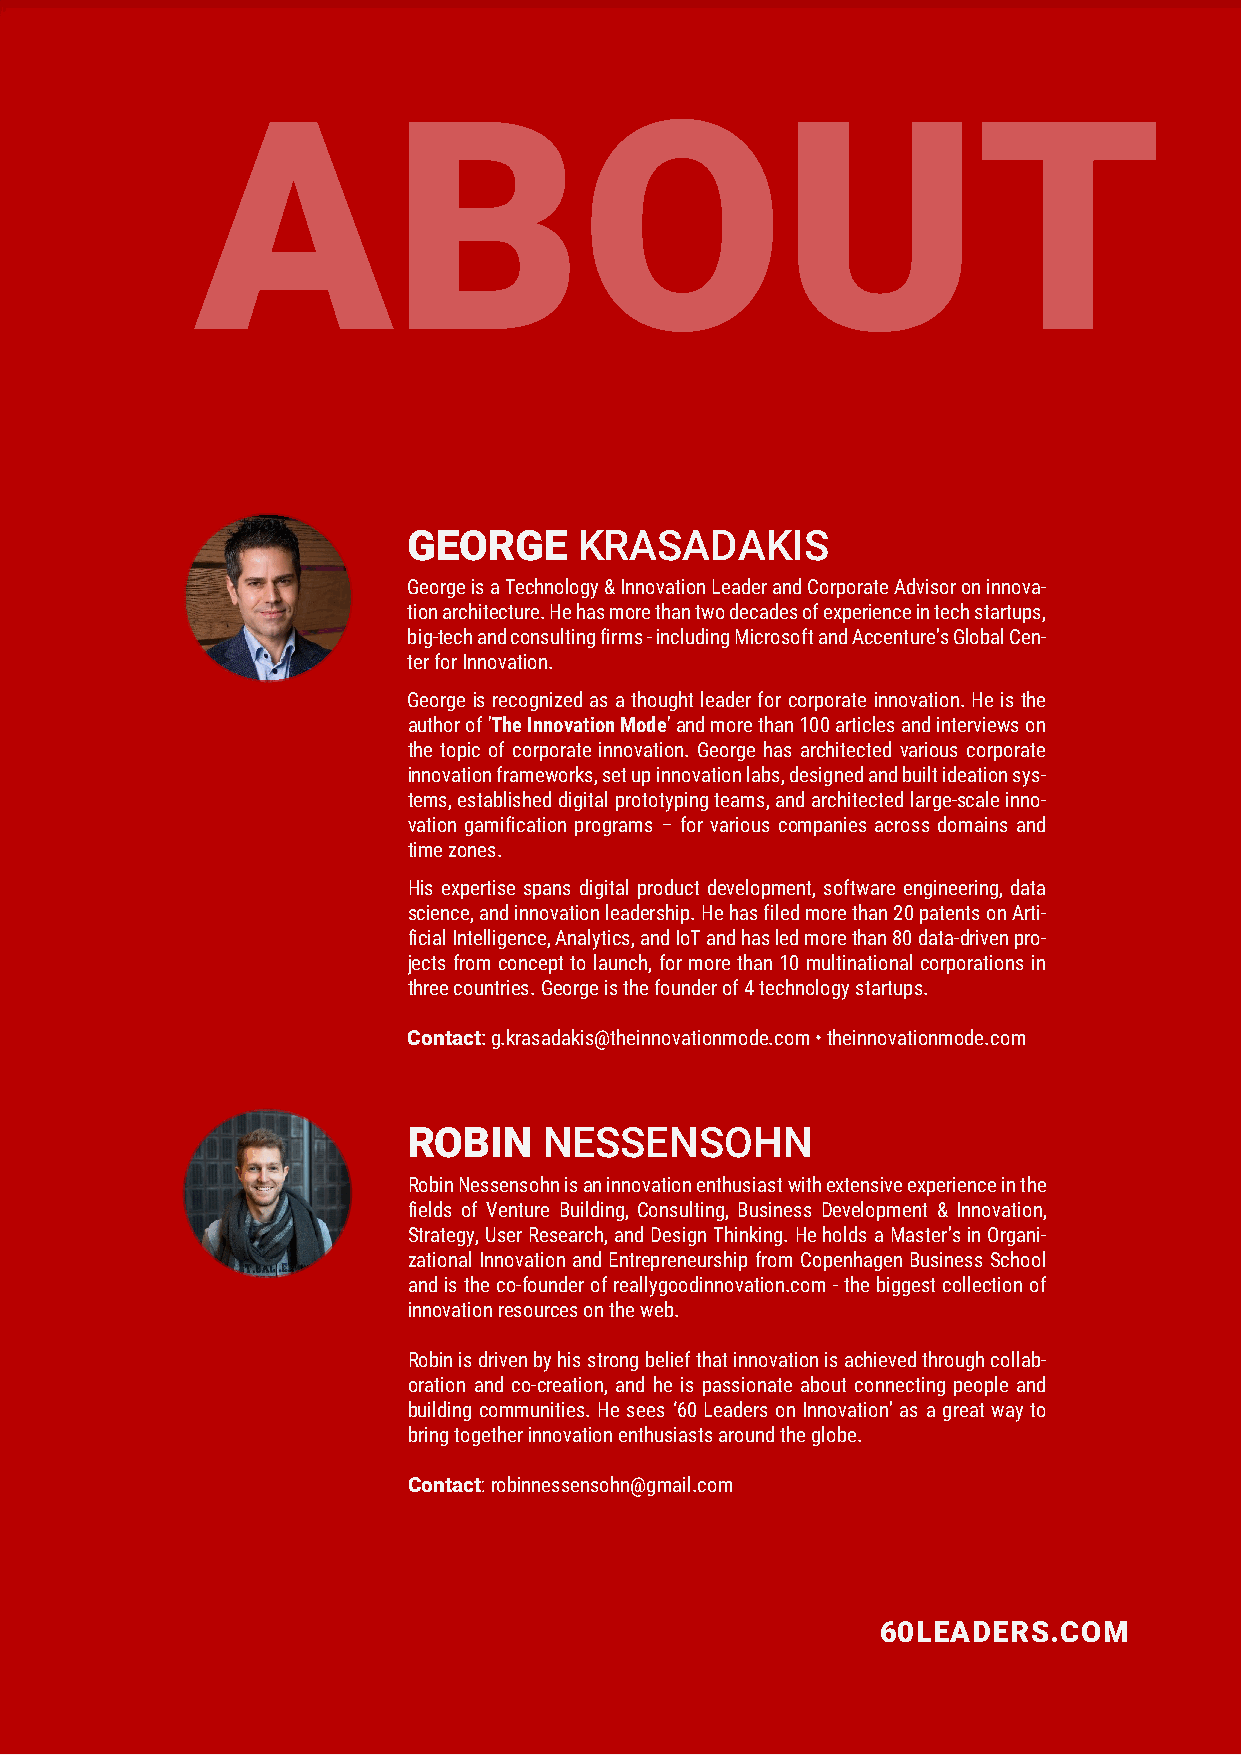
GEORGE     KRASADAKIS
 George is a Technology & Innovation Leader and Corporate Advisor on innova-
 tion architecture. He has more than two decades of experience in tech startups,
 big-tech and consulting firms - including Microsoft and Accenture’s Global Cen-
 ter for Innovation.
 George is recognized as a thought leader for corporate innovation. He is the
 author of 'The Innovation Mode' and more than 100 articles and interviews on
 the topic of corporate innovation. George has architected various corporate
 innovation frameworks, set up innovation labs, designed and built ideation sys-
 tems, established digital prototyping teams, and architected large-scale inno-
 vation gamification programs – for various companies across domains and
 time zones.
 His expertise spans digital product development, software engineering, data
 science, and innovation leadership. He has filed more than 20 patents on Arti-
 ficial Intelligence, Analytics, and IoT and has led more than 80 data-driven pro-
 jects from concept to launch, for more than 10 multinational corporations in
 three countries. George is the founder of 4 technology startups.
 Contact: g.krasadakis@theinnovationmode.com • theinnovationmode.com
 ROBIN    NESSENSOHN
 Robin Nessensohn is an innovation enthusiast with extensive experience in the
 fields of Venture Building, Consulting, Business Development & Innovation,
 Strategy, User Research, and Design Thinking. He holds a Master’s in Organi-
 zational Innovation and Entrepreneurship from Copenhagen Business School
 and is the co-founder of reallygoodinnovation.com - the biggest collection of
 innovation resources on the web.
 Robin is driven by his strong belief that innovation is achieved through collab-
 oration and co-creation, and he is passionate about connecting people and
 building communities. He sees ‘60 Leaders on Innovation’ as a great way to
 bring together innovation enthusiasts around the globe.
 Contact: robinnessensohn@gmail.com
 60LEADERS.COM